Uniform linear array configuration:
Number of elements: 16
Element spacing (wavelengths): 0.75
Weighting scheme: uniform
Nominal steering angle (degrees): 0
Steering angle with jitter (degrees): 0.6779
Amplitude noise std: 0.05
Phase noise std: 0.05

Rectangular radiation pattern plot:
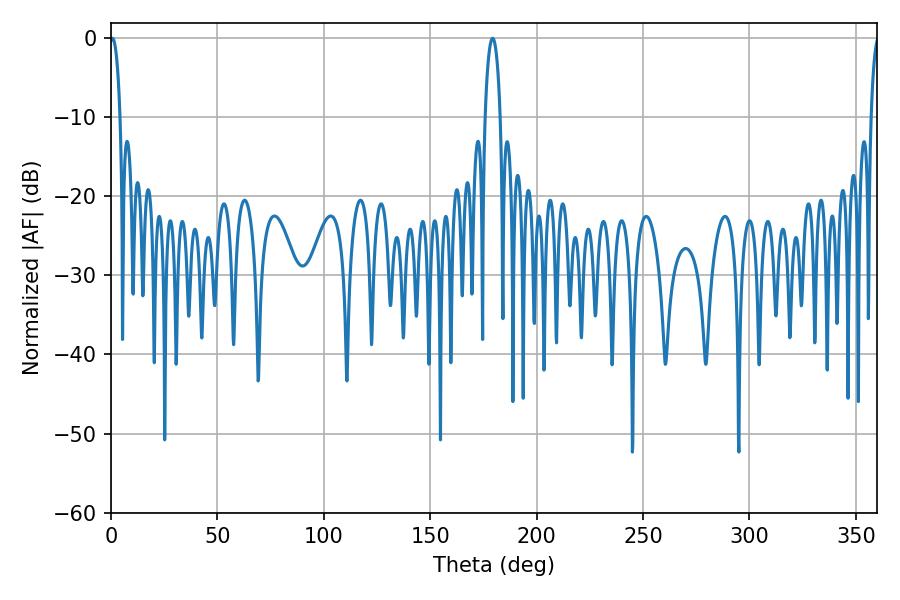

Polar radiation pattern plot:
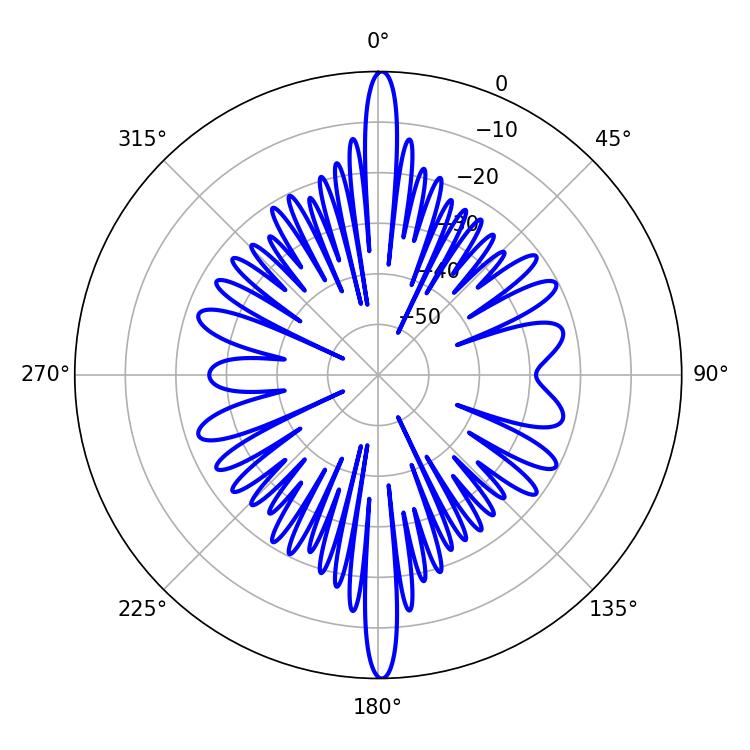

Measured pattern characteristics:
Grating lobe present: TRUE
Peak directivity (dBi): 27.75
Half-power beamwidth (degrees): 2.7
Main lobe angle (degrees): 0.72